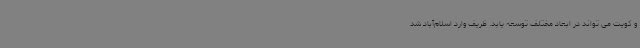
و کویت می تواند در ابعاد مختلف توسعه یابد. ظریف وارد اسلام‌آباد شد